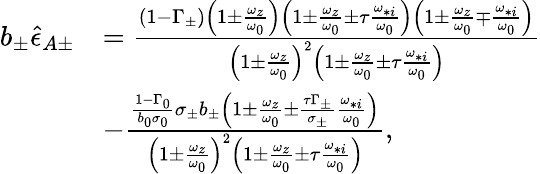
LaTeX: \begin{array}{rl}{b_{\pm}\hat{\epsilon}_{A\pm}}&{=\frac{\left(1-\Gamma_{\pm}\right)\left(1\pm\frac{\omega_{z}}{\omega_{0}}\right)\left(1\pm\frac{\omega_{z}}{\omega_{0}}\pm\tau\frac{\omega_{*i}}{\omega_{0}}\right)\left(1\pm\frac{\omega_{z}}{\omega_{0}}\mp\frac{\omega_{*i}}{\omega_{0}}\right)}{\left(1\pm\frac{\omega_{z}}{\omega_{0}}\right)^{2}\left(1\pm\frac{\omega_{z}}{\omega_{0}}\pm\tau\frac{\omega_{*i}}{\omega_{0}}\right)}}\\ &{-\frac{\frac{1-\Gamma_{0}}{b_{0}\sigma_{0}}\sigma_{\pm}b_{\pm}\left(1\pm\frac{\omega_{z}}{\omega_{0}}\pm\frac{\tau\Gamma_{\pm}}{\sigma_{\pm}}\frac{\omega_{*i}}{\omega_{0}}\right)}{\left(1\pm\frac{\omega_{z}}{\omega_{0}}\right)^{2}\left(1\pm\frac{\omega_{z}}{\omega_{0}}\pm\tau\frac{\omega_{*i}}{\omega_{0}}\right)},}\end{array}